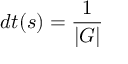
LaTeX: d t ( s ) = { \frac { 1 } { | G | } }